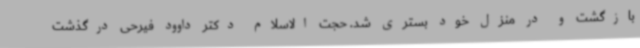
بازگشت و در منزل خود بستری شد. حجت الاسلام دکتر داوود فیرحی درگذشت